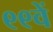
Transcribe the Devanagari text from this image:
९९वें